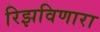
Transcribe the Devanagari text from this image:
रिझविणारा